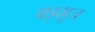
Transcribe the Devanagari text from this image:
षड्भूज